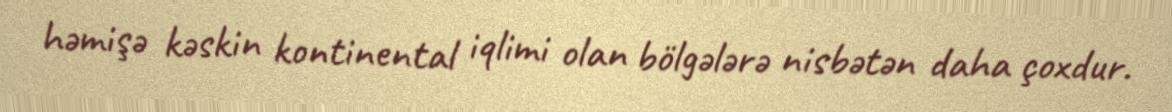
həmişə kəskin kontinental iqlimi olan bölgələrə nisbətən daha çoxdur.